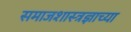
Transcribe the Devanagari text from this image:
समाजशास्त्रज्ञाच्या